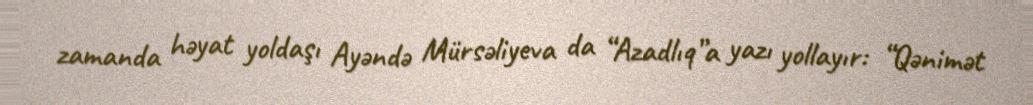
zamanda həyat yoldaşı Ayəndə Mürsəliyeva da “Azadlıq”a yazı yollayır: “Qənimət